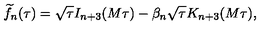
{ \widetilde f } _ { n } ( \tau ) = \sqrt { \tau } I _ { n + 3 } ( M \tau ) - \beta _ { n } \sqrt { \tau } K _ { n + 3 } ( M \tau ) ,